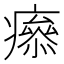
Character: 𤺑